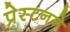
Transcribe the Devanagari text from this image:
प्रेस्टनने